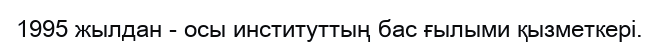
1995 жылдан - осы институттың бас ғылыми қызметкері.